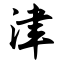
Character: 津